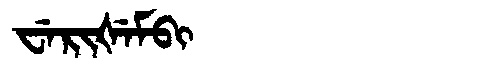
Manchu: ᠸᡝᡵᡳᡧᡝᠮᠪᡳ
Romanization: WERIŠEMBI